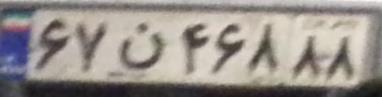
۶۷ن۴۶۸۸۸